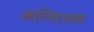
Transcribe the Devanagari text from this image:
अल्शियन